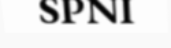
SPNI